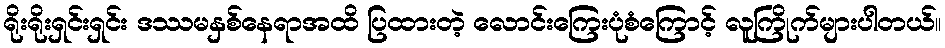
ရိုးရိုးရှင်းရှင်း ဒဿမနှစ်နေရာအထိ ပြထားတဲ့ လောင်းကြေးပုံစံကြောင့် လူကြိုက်များပါတယ်။